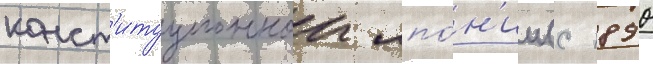
конст'итуционнои япо́н'ии (с 1890